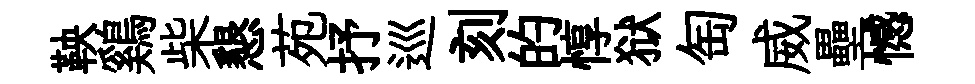
鞅鷄柴懇苑抒巡刻的惇狱匋威壘憾